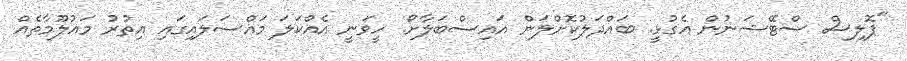
"ޕޮލިސް ސްޓޭޝަނުން އެގުޅީ. ބައްދަލުކޮށްލަން އައިސްބަލާށޯ. ހީވަނީ އެއްކަލަ މައްސަލައިގައި އިތުރު މައުލޫމާތެއް